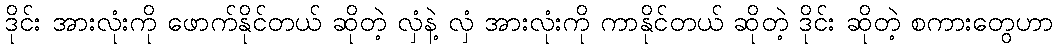
ဒိုင်း အားလုံးကို ဖောက်နိုင်တယ် ဆိုတဲ့ လှံနဲ့ လှံ အားလုံးကို ကာနိုင်တယ် ဆိုတဲ့ ဒိုင်း ဆိုတဲ့ စကားတွေဟာ